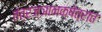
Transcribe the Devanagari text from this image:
तंत्रज्ञानक्षेत्रात